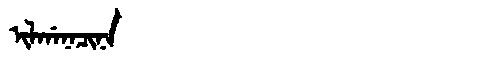
Manchu: ᡳᠯᡤᠠᠨᠠᠴᡳᠨᠠ
Romanization: ILGANACINA